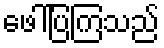
ဖေါ်ပြကြသည်